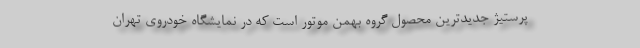
پرستیژ جدیدترین محصول گروه بهمن موتور است که در نمایشگاه خودروی تهران